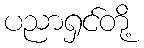
ပညာရှင်တို့